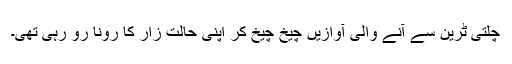
چلتی ٹرین سے آنے والی آوازیں چیخ چیخ کر اپنی حالت زار کا رونا رو رہی تھی۔